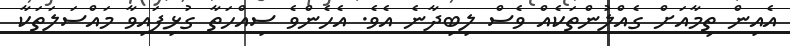
އެއިން ތިމާއަށް ގެއްލުންތަކެއް ވެސް ލިބިދާނެ އެވެ. އެހެންވެ ސިއްހަތާ ގުޅިފައިވާ މައްސަލަތަކާ